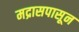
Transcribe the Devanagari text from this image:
मद्रासपासून